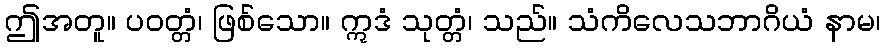
ဤအတူ။ ပဝတ္တံ၊ ဖြစ်သော။ ဣဒံ သုတ္တံ၊ သည်။ သံကိလေသဘာဂိယံ နာမ၊